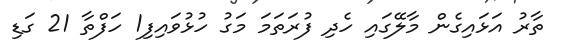
ތާރު އަޅައިގެން މާލޭގައި ހެދި ފުރަތަމަ މަގު ހުޅުވައިފި1 ހަފްތާ 21 ގަޑި